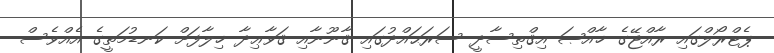
ޕެޓްރޯލްގައި ރާއްޖޭގެ ޚާއްޞަ އިޤްތިސާދީ ސަރަޙައްދުގައި ޤާނޫނާއި ޤަވާޢިދާ ޚިލާފަށް ކަނޑުމަތީގެ އެއްވެސް